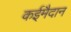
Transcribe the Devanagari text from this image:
कईमैदान